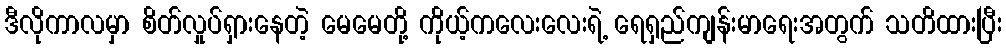
ဒီလိုကာလမှာ စိတ်လှုပ်ရှားနေတဲ့ မေမေတို့ ကိုယ့်ကလေးလေးရဲ့ ရေရှည်ကျန်းမာရေးအတွက် သတိထားပြီး